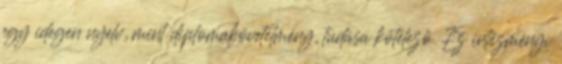
egy idegen nyelv, mint diplomakövetelmény, tudása kötelező. Ez intézményi